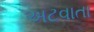
અટવાતા